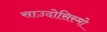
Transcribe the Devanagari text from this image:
साउदोसिस्मो